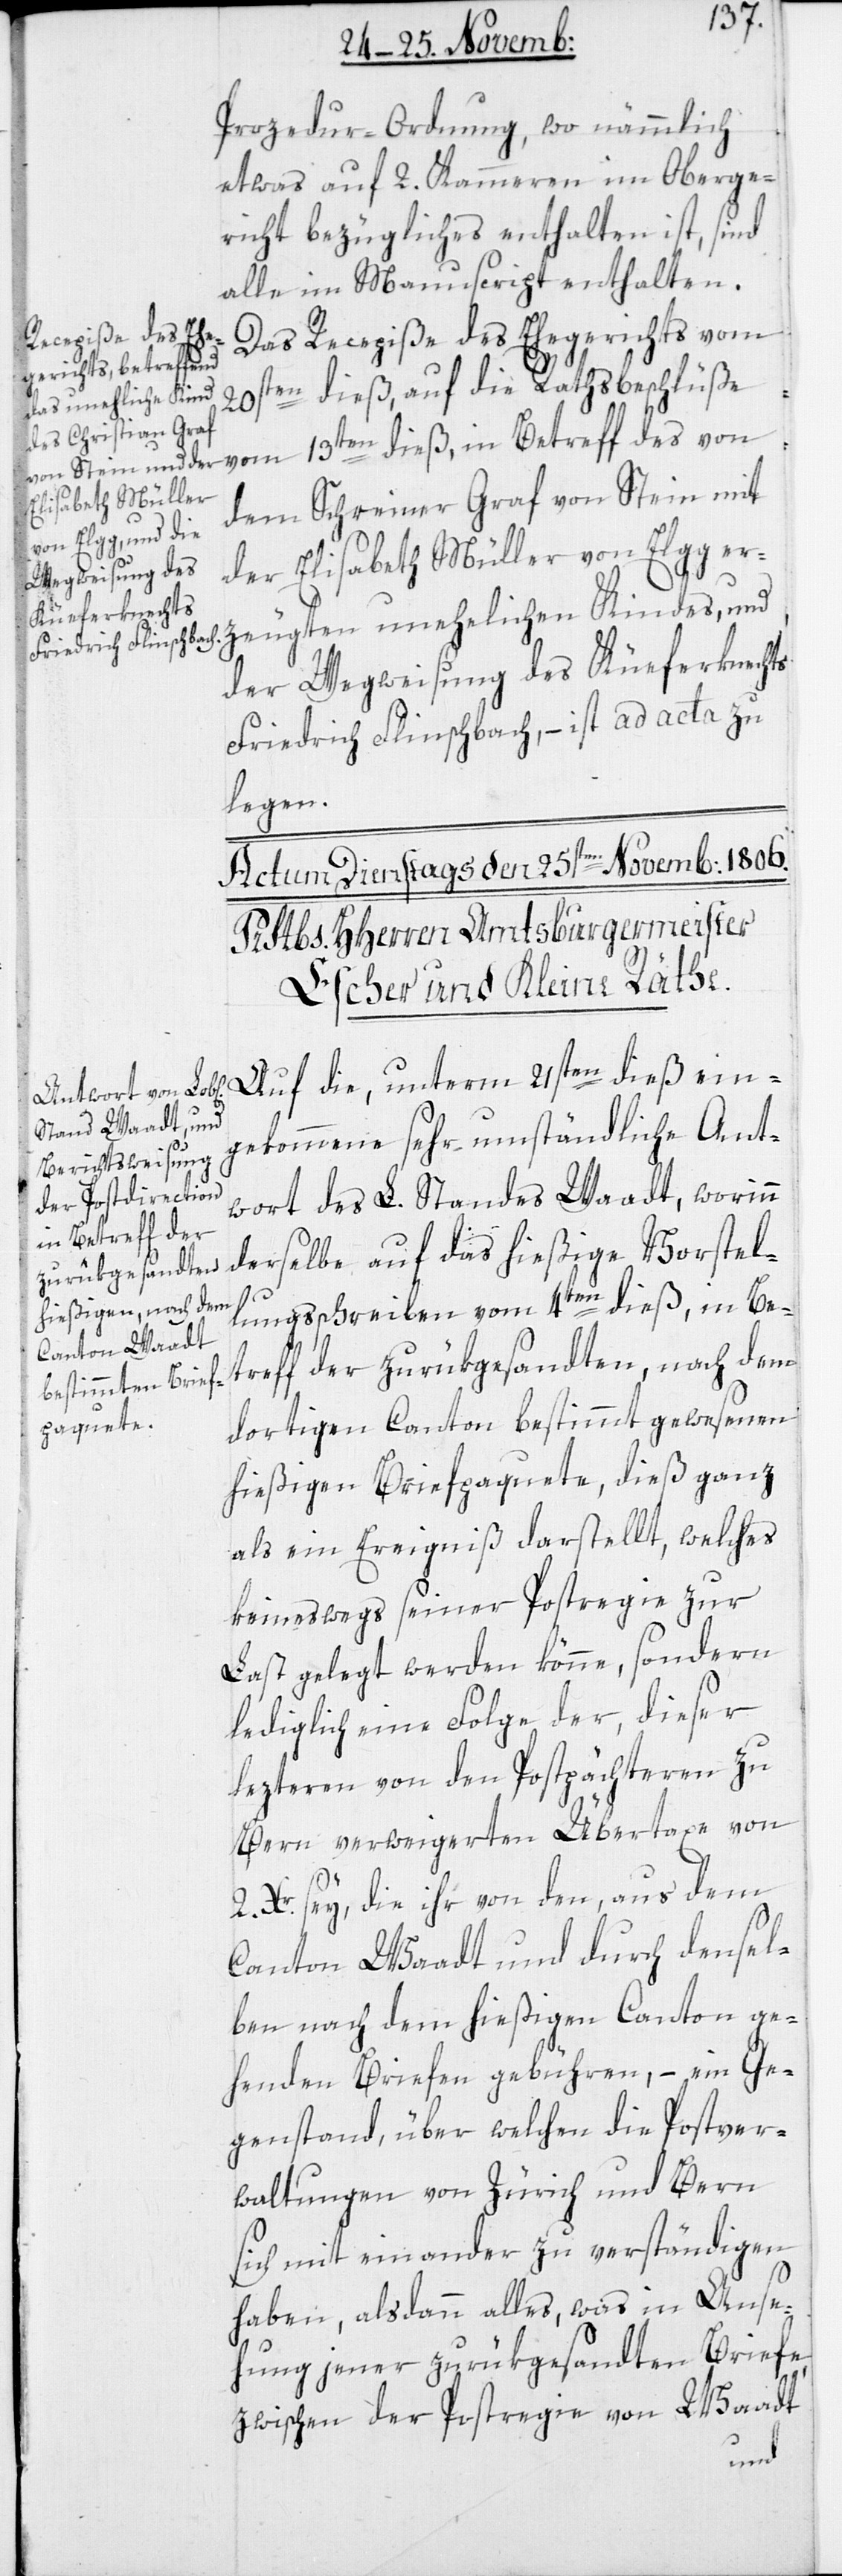
Prozedur-Ordnung, wo nämmlich
etwas auf 2. Kammeren im Oberge¬
richt bezügliches enthalten ist, sind
alle im Manuscript enthalten.
Das Recepiße des Ehegerichts vom
20sten dieß, auf die Rathsbeschlüße
vom 13ten dieß, in Betreff des von
dem Schreiner Graf von Stein mit
der Elisabeth Müller von Elgg er¬
der Wegweisung des Küferknechts
Friedrich Flinschbach, – ist ad acta zu
legen.
2.
Auf die, unterm 21sten dieß ein¬
gekommene sehr umständliche Ant¬
wort des L. Standes Waadt, worinn
derselbe auf das hießige Vorstel¬
lungsschreiben vom 4ten dieß, in Be¬
treff der zurükgesandten, nach dem
dortigen Canton bestimmt gewesenen
zeugten
hießigen Briefpaquete, dieß ganz
als ein Ereigniß darstellt, welches
keineswegs seiner Postregie zur
Last gelegt werden könne, sondern
lediglich eine Folge der, dieser
lezteren von den Postpächteren zu
Bern verweigerten Übertaxe von
Xr. sey, die ihr von den, aus dem
Canton Waadt und durch densel¬
ben nach dem hießigen Canton ge¬
henden Briefen gebühren, – ein Ge¬
genstand, über welchen die Postver¬
waltungen von Zürich und Bern
sich mit einander zu verständigen
haben, alsdann alles, was in Anse¬
hung jener zurükgesandten Briefe
zwischen der Postregie von Waadt
und